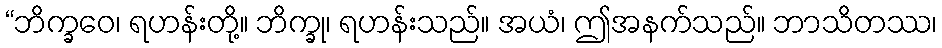
“ဘိက္ခဝေ၊ ရဟန်းတို့။ ဘိက္ခု၊ ရဟန်းသည်။ အယံ၊ ဤအနက်သည်။ ဘာသိတဿ၊